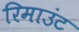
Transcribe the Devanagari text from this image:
रिमाउंट